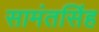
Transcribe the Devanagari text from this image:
सामंतसिंह